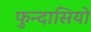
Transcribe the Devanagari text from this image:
फुन्दासियो